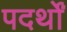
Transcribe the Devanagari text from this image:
पदर्थों